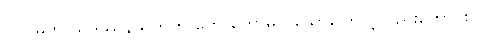
(၁) မဟာသုဒဿနသုတ်ကို ဟောတော်မူလိုသောကြောင့်လည်းကောင်း။